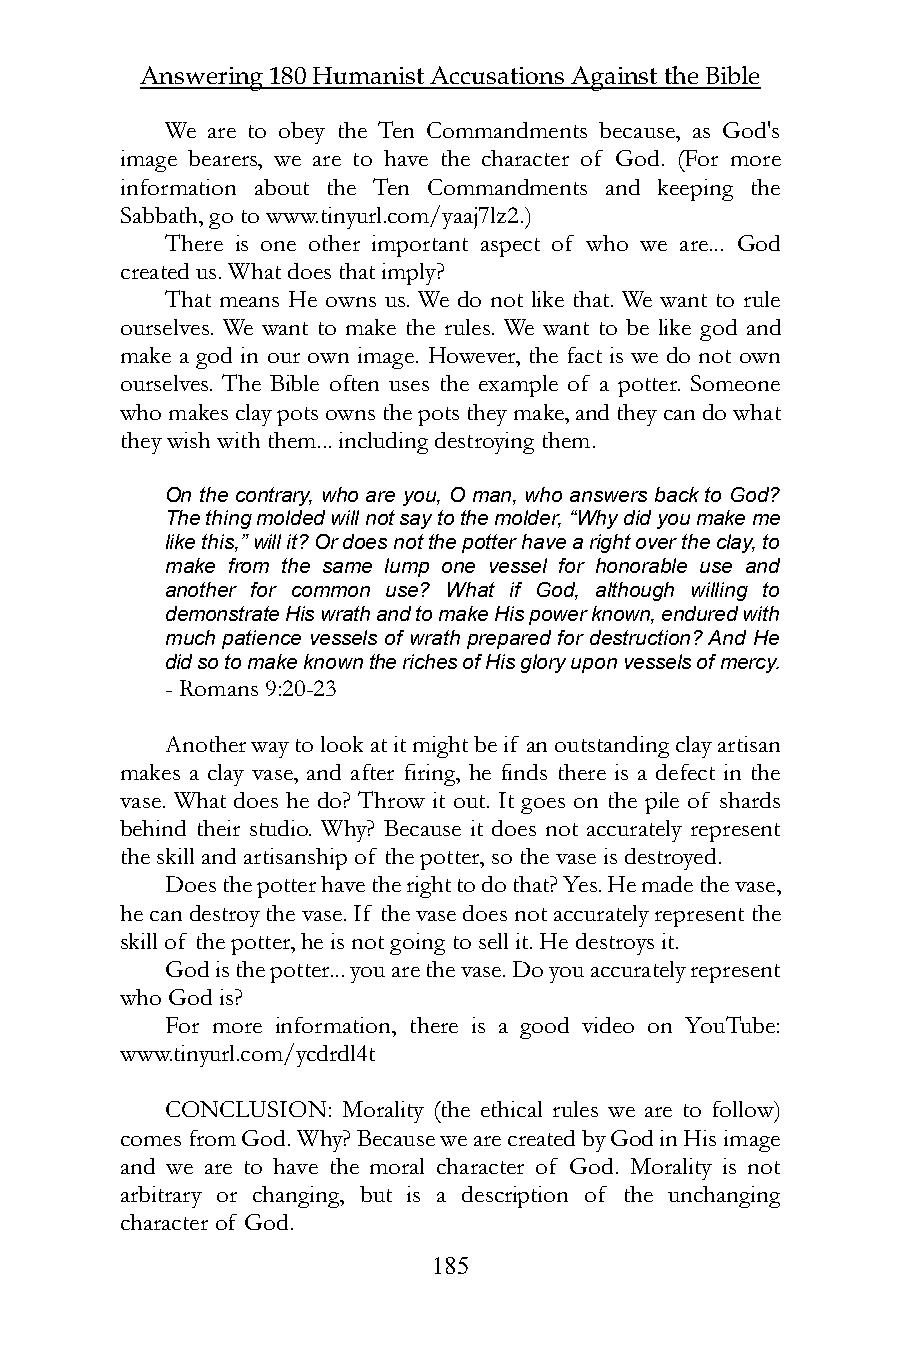
Answering 180 Humanist Accusations Against the Bible
 We are to obey the Ten Commandments because, as God's
 image bearers, we are to have the character of God. (For more
 information about the Ten Commandments and keeping the
 Sabbath, go to www.tinyurl.com/yaaj7lz2.)
 There is one other important aspect of who we are... God
 created us. What does that imply?
 That means He owns us. We do not like that. We want to rule
 ourselves. We want to make the rules. We want to be like god and
 make a god in our own image. However, the fact is we do not own
 ourselves. The Bible often uses the example of a potter. Someone
 who makes clay pots owns the pots they make, and they can do what
 they wish with them... including destroying them.
 On the contrary, who are you, O man, who answers back to God?
 The thing molded will not say to the molder, “Why did you make me
 like this,” will it? Or does not the potter have a right over the clay, to
 make from the same lump one vessel for honorable use and
 another for common use? What if God, although willing to
 demonstrate His wrath and to make His power known, endured with
 much patience vessels of wrath prepared for destruction? And He
 did so to make known the riches of His glory upon vessels of mercy.
 - Romans 9:20-23
 Another way to look at it might be if an outstanding clay artisan
 makes a clay vase, and after firing, he finds there is a defect in the
 vase. What does he do? Throw it out. It goes on the pile of shards
 behind their studio. Why? Because it does not accurately represent
 the skill and artisanship of the potter, so the vase is destroyed.
 Does the potter have the right to do that? Yes. He made the vase,
 he can destroy the vase. If the vase does not accurately represent the
 skill of the potter, he is not going to sell it. He destroys it.
 God is the potter... you are the vase. Do you accurately represent
 who God is?
 For more information, there is a good video on YouTube:
 www.tinyurl.com/ycdrdl4t
 CONCLUSION: Morality (the ethical rules we are to follow)
 comes from God. Why? Because we are created by God in His image
 and we are to have the moral character of God. Morality is not
 arbitrary or changing, but is a description of the unchanging
 character of God.
 185